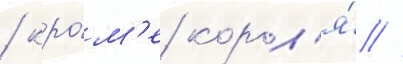
/ кро́м'е корол'я́ //